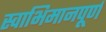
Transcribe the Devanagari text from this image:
स्वाभिमानपूर्ण